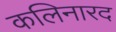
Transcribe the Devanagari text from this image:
कलिनारद